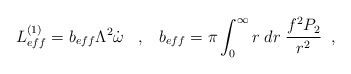
\begin{align*} L^{(1)}_{eff}=b_{eff}\Lambda^{2}\dot{\omega} \;\;\;,\;\;\; b_{eff}=\pi \int_{0}^{\infty} r\;dr\;\frac{f^{2}P_{2}}{r^{2}} \;\;,\end{align*}